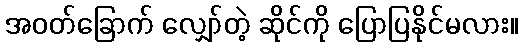
အဝတ်ခြောက် လျှော်တဲ့ ဆိုင်ကို ပြောပြနိုင်မလား။